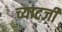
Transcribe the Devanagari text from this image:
च्याटर्जी